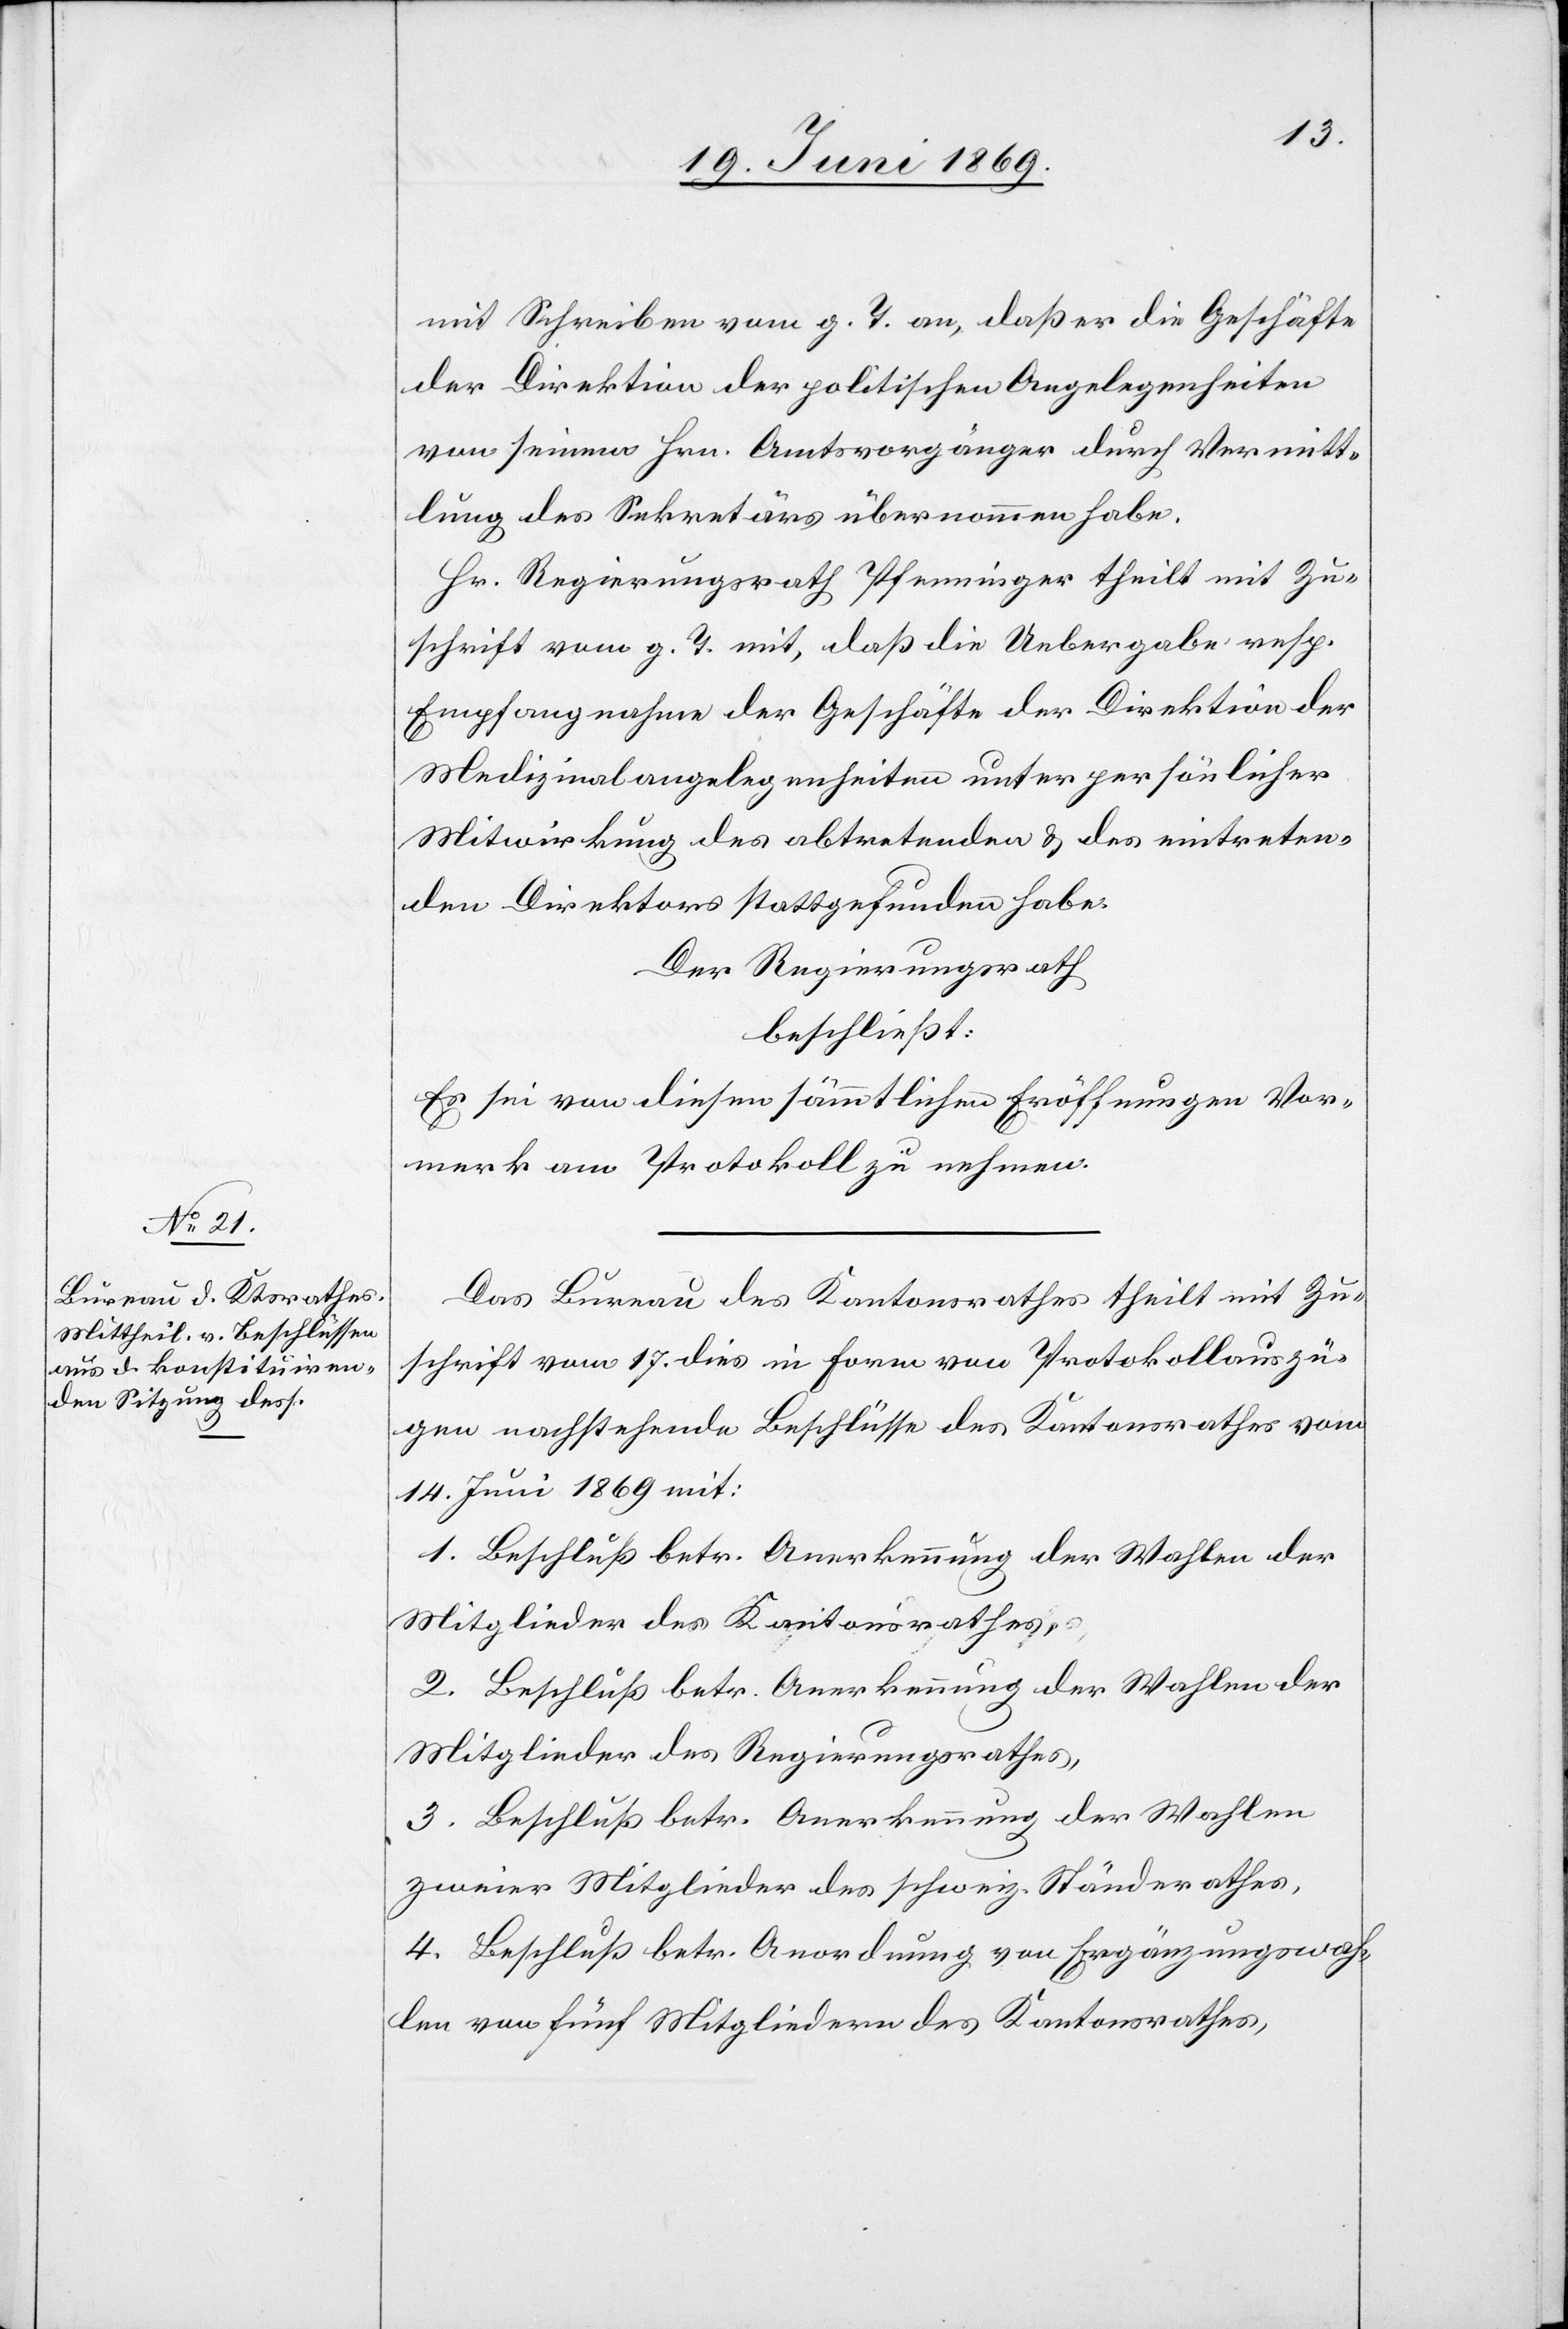
mit Schreiben vom g. T. an, daß er die Geschäfte
der Direktion der politischen Angelegenheiten
von seinem Hrn. Amtsvorgänger durch Vermitt¬
lung des Sekretärs übernommen habe.
Hr. Regierungsrath Pfenninger theilt mit Zu¬
schrift vom g. T. mit, daß die Uebergabe resp.
Empfangnahme der Geschäfte der Direktion der
Medizinalangelegenheiten unter persönlicher
Mitwirkung des abtretenden u. des eintreten¬
den Direktors stattgefunden habe.
Der Regierungsrath
beschließt:
Es sei von diesem sämmtlichen Eröffnungen Vor¬
merk am Protokoll zu nehmen.
Das Bureau des Kantonsrathes theilt mit Zu¬
schrift vom 17. dies in Form von Protokollsauszü¬
gen nachstehende Beschlüsse des Kantonsrathes vom
14. Juni 1869 mit:
1. Beschluß betr. Anerkennung der Wahlen der
Mitglieder des Kantonsrathes,
2. Beschluß betr. Anerkennung der Wahlen der
Mitglieder des Regierungsrathes,
3. Beschluß betr. Anerkennung der Wahlen
zweier Mitglieder des schweiz. Ständerathes,
4. Beschluß betr. Anordnung von Ergänzungswah¬
len von fünf Mitgliedern des Kantonsrathes,